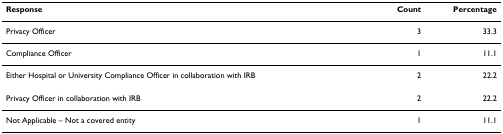
<table><thead><tr><td><b>Response</b></td><td><b>Count</b></td><td><b>Percentage</b></td></tr></thead><tbody><tr><td>Privacy Officer</td><td>3</td><td>33.3</td></tr><tr><td>Compliance Officer</td><td>1</td><td>11.1</td></tr><tr><td>Either Hospital or University Compliance Officer in collaboration with IRB</td><td>2</td><td>22.2</td></tr><tr><td>Privacy Officer in collaboration with IRB</td><td>2</td><td>22.2</td></tr><tr><td>Not Applicable – Not a covered entity</td><td>1</td><td>11.1</td></tr></tbody></table>